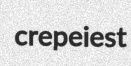
crepeiest